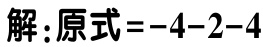
解：原式\(=-4 - 2 - 4\)